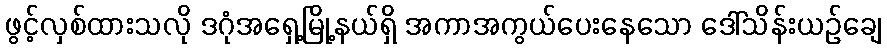
ဖွင့်လှစ်ထားသလို ဒဂုံအရှေ့မြို့နယ်ရှိ အကာအကွယ်ပေးနေသော ဒေါ်သိန်းယဉ်ချေ